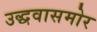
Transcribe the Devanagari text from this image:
उद्धवासमोर